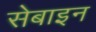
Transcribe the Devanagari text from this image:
सेबाइन